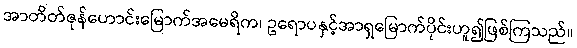
အာတိတ်ဇုန်ဟောင်းမြောက်အမေရိက၊ ဥရောပနှင့်အာရှမြောက်ပိုင်းဟူ၍ဖြစ်ကြသည်။